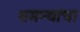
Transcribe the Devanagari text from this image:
धमन्यांचा